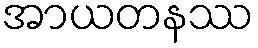
အာယတနဿ